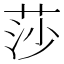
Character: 莎